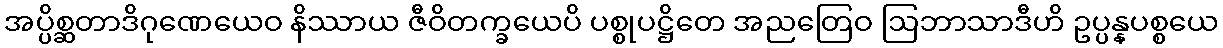
အပ္ပိစ္ဆတာဒိဂုဏေယေဝ နိဿာယ ဇီဝိတက္ခယေပိ ပစ္စုပဋ္ဌိတေ အညတြေဝ ဩဘာသာဒီဟိ ဥပ္ပန္နပစ္စယေ